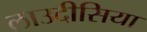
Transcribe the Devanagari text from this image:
लाउदीसिया